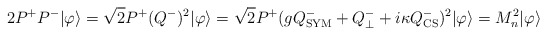
\begin{align*}2P^+P^-|\varphi\rangle=\sqrt{2}P^+(Q^-)^2|\varphi\rangle=\sqrt{2}P^+(gQ^-_{\rm SYM}+Q_\perp^- +i\kappa Q^-_{\rm CS})^2|\varphi\rangle=M^2_n|\varphi\rangle\end{align*}